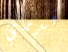
قدماي